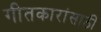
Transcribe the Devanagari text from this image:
गीतकारांसाठी